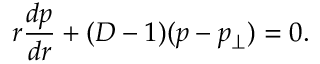
r \frac { d p } { d r } + ( D - 1 ) ( p - p _ { \perp } ) = 0 .